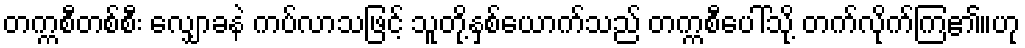
တက္ကစီတစ်စီး လျှောခနဲ ကပ်လာသဖြင့် သူတို့နှစ်ယောက်သည် တက္ကစီပေါ်သို့ တက်လိုက်ကြ၏။ဟု